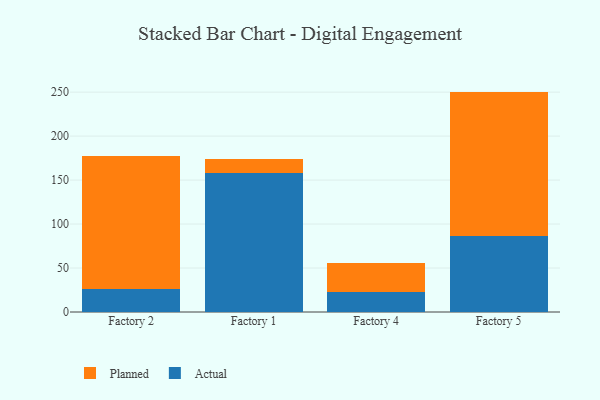
{"axis": {"x": "Factory", "y": "Gross Profit (USD K)"}, "legend": ["Actual", "Planned"], "data": [{"x": "Factory 2", "y": 25.6, "type": "Actual"}, {"x": "Factory 2", "y": 151.5, "type": "Planned"}, {"x": "Factory 1", "y": 158.3, "type": "Actual"}, {"x": "Factory 1", "y": 15.7, "type": "Planned"}, {"x": "Factory 4", "y": 23.1, "type": "Actual"}, {"x": "Factory 4", "y": 32.7, "type": "Planned"}, {"x": "Factory 5", "y": 86.3, "type": "Actual"}, {"x": "Factory 5", "y": 164.3, "type": "Planned"}]}